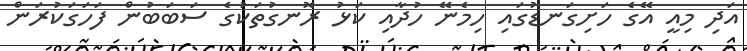
އަދި މިއީ އޭގެ ހަށިގަނޑުގައި ހިމެނޭ ހުދާއި ކަޅު ރޮނގުތަކުގެ ސަބަބުން ފަހަގަކުރަން